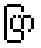
ပြာ